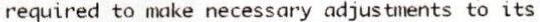
REQUIRED TO MAKE NECESSARY ADJUSTMENTS TO ITS